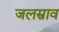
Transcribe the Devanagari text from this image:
जलस्राव